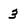
Character: 3